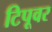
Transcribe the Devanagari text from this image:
टिपूवर